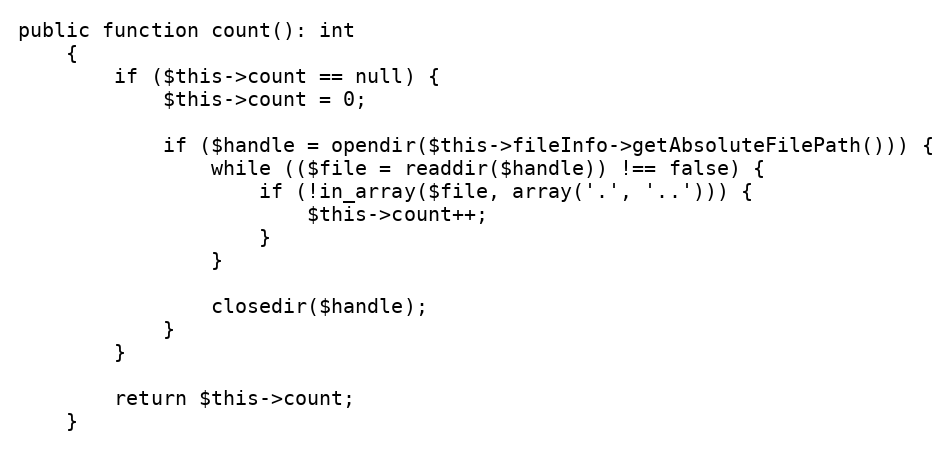
Language: PHP
public function count(): int
    {
        if ($this->count == null) {
            $this->count = 0;

            if ($handle = opendir($this->fileInfo->getAbsoluteFilePath())) {
                while (($file = readdir($handle)) !== false) {
                    if (!in_array($file, array('.', '..'))) {
                        $this->count++;
                    }
                }

                closedir($handle);
            }
        }

        return $this->count;
    }